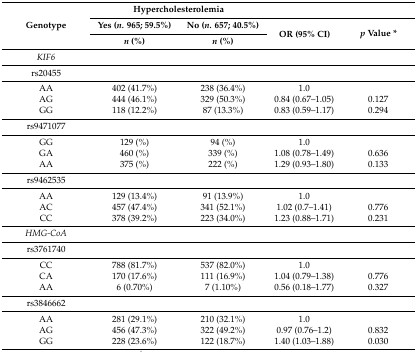
| <ROWSPAN=3> Genotype | <COLSPAN=2> Hypercholesterolemia | <COLSPAN=2>  |
 | Yes (n. 965; 59.5%) | No (n. 657; 40.5%) | <ROWSPAN=2> OR (95% CI) | <ROWSPAN=2> p Value * |
 | n (%) | n (%) |
 | --- | --- | --- | --- | --- |
 | KIF6 |  |  | <COLSPAN=2>  |
 | rs20455 |  |  |  |  |
 | AA | 402 (41.7%) | 238 (36.4%) | 1.0 |  |
 | AG | 444 (46.1%) | 329 (50.3%) | 0.84 (0.67–1.05) | 0.127 |
 | GG | 118 (12.2%) | 87 (13.3%) | 0.83 (0.59–1.17) | 0.294 |
 | rs9471077 |  |  | <COLSPAN=2>  |
 | GG | 129 (%) | 94 (%) | 1.0 |  |
 | GA | 460 (%) | 339 (%) | 1.08 (0.78–1.49) | 0.636 |
 | AA | 375 (%) | 222 (%) | 1.29 (0.93–1.80) | 0.133 |
 | rs9462535 |  |  | <COLSPAN=2>  |
 | AA | 129 (13.4%) | 91 (13.9%) | 1.0 |  |
 | AC | 457 (47.4%) | 341 (52.1%) | 1.02 (0.7–1.41) | 0.776 |
 | CC | 378 (39.2%) | 223 (34.0%) | 1.23 (0.88–1.71) | 0.231 |
 | HMG-CoA |  |  | <COLSPAN=2>  |
 | rs3761740 |  |  | <COLSPAN=2>  |
 | CC | 788 (81.7%) | 537 (82.0%) | 1.0 |  |
 | CA | 170 (17.6%) | 111 (16.9%) | 1.04 (0.79–1.38) | 0.776 |
 | AA | 6 (0.70%) | 7 (1.10%) | 0.56 (0.18–1.77) | 0.327 |
 | rs3846662 |  |  | <COLSPAN=2>  |
 | AA | 281 (29.1%) | 210 (32.1%) | 1.0 |  |
 | AG | 456 (47.3%) | 322 (49.2%) | 0.97 (0.76–1.2) | 0.832 |
 | GG | 228 (23.6%) | 122 (18.7%) | 1.40 (1.03–1.88) | 0.030 |